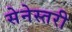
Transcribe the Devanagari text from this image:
सेनेस्तरी